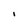
Character: i